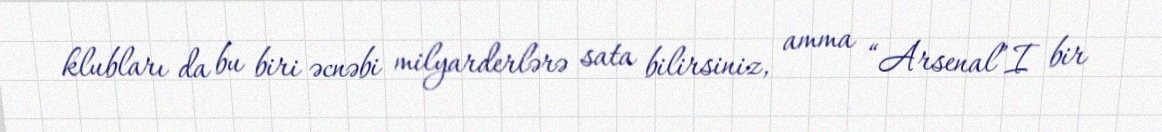
klubları da bu biri əcnəbi milyarderlərə sata bilirsiniz, amma “Arsenal”I bir